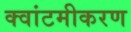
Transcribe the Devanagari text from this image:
क्वांटमीकरण